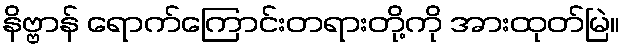
နိဗ္ဗာန် ရောက်ကြောင်းတရားတို့ကို အားထုတ်မြဲ။